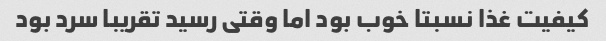
کیفیت غذا نسبتا خوب بود اما وقتی رسید تقریبا سرد بود